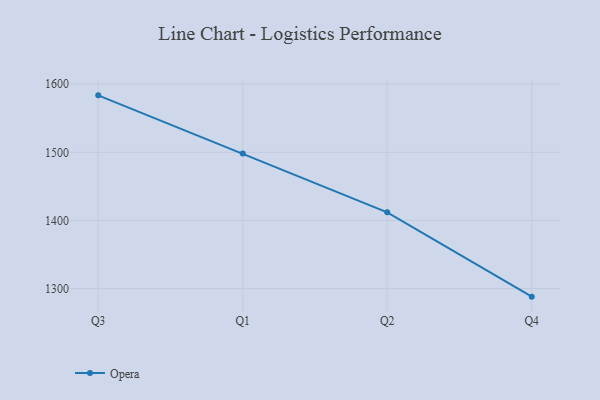
{"axis": {"x": "Quarter", "y": "Revenue (USD Million)"}, "legend": ["Opera"], "data": [{"x": "Q3", "y": 1583.6, "type": "Opera"}, {"x": "Q1", "y": 1498.1, "type": "Opera"}, {"x": "Q2", "y": 1412.0, "type": "Opera"}, {"x": "Q4", "y": 1288.2, "type": "Opera"}]}